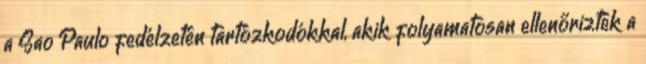
a Sao Paulo fedélzetén tartózkodókkal, akik folyamatosan ellenőrizték a